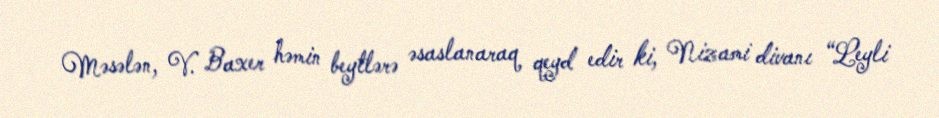
Məsələn, V. Baxer həmin beytlərə əsaslanaraq qeyd edir ki, Nizami divanı “Leyli